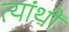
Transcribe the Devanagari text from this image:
त्यांथी